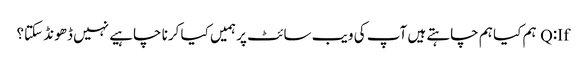
Q:If ہم کیا ہم چاہتے ہیں آپ کی ویب سائٹ پر ہمیں کیا کرنا چاہیے نہیں ڈھونڈ سکتا؟